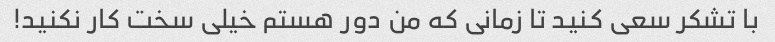
با تشکر سعی کنید تا زمانی که من دور هستم خیلی سخت کار نکنید!